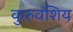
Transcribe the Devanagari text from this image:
कुरुवंशिय